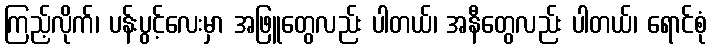
ကြည့်လိုက်၊ ပန်းပွင့်လေးမှာ အဖြူတွေလည်း ပါတယ်၊ အနီတွေလည်း ပါတယ်၊ ရောင်စုံ